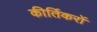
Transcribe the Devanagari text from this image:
कीर्तिकरों